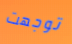
توجهت